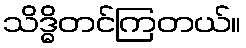
သိဒ္ဓိတင်ကြတယ်။